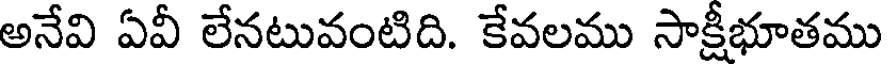
అనేవి ఏవీ లేనటువంటిది. కేవలము సాక్షీభూతము